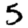
Digit: 5